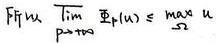
\[ \text{FIM}_{p\times p} \left( \mathbf{\theta} \right)_{ij} = \max_{\mathbf{u}} \]